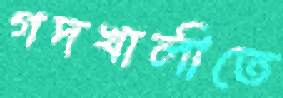
গদখালীতে